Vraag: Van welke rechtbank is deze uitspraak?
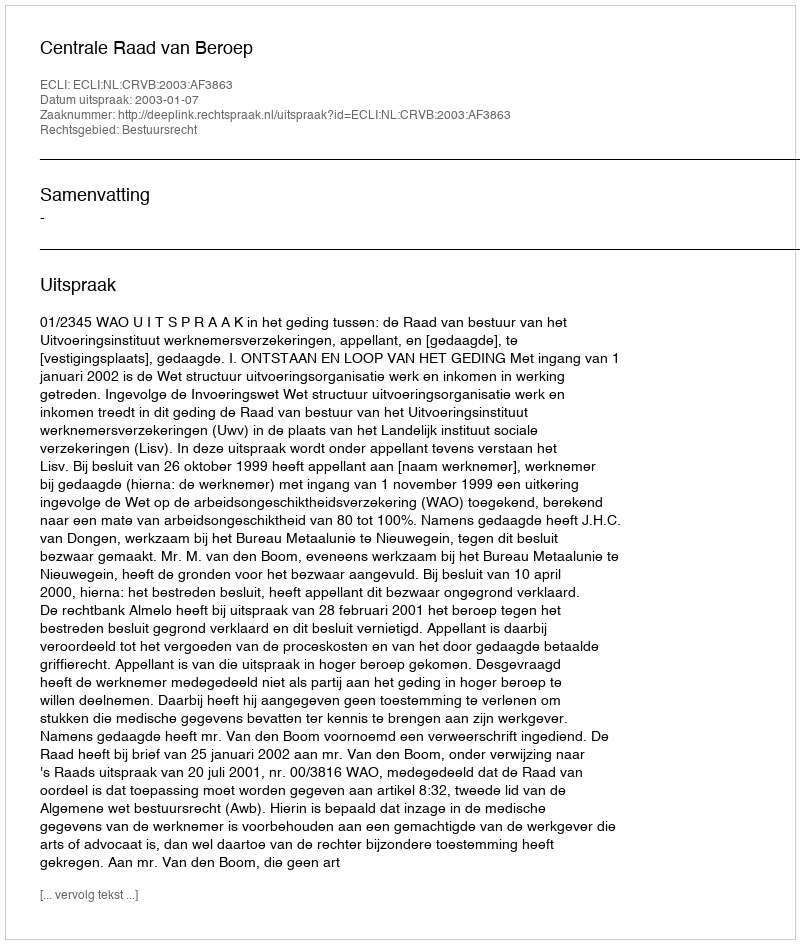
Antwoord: Centrale Raad van Beroep